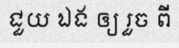
ជួយ ឯង ឲ្យ រួច ពី